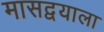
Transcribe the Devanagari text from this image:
मासद्वयाला